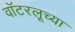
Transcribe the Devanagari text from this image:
वॉटरलूच्या